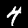
Digit: 4